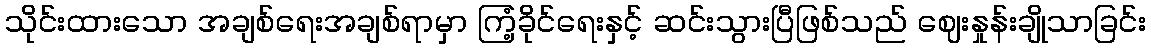
သိုင်းထားသော အချစ်ရေးအချစ်ရာမှာ ကြံ့ခိုင်ရေးနှင့် ဆင်းသွားပြီဖြစ်သည် ဈေးနှုန်းချိုသာခြင်း